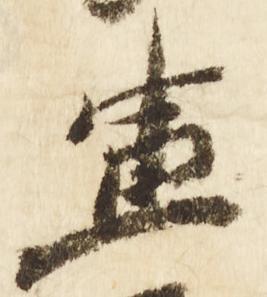
兼